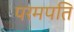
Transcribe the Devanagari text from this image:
परमपति